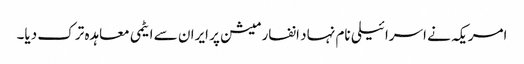
امریکہ نے اسرائیلی نام نہاد انفارمیشن پر ایران سے ایٹمی معاہدہ ترک دیا۔